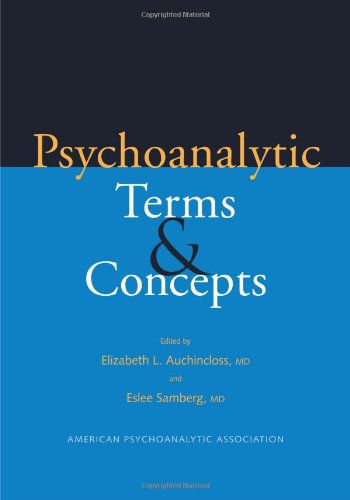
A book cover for Psychoanalytic Terms and Concepts; Medical Books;